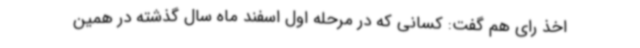
اخذ رای هم گفت: کسانی که در مرحله اول اسفند ماه سال گذشته در همین